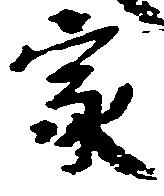
家